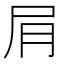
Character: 𫵔